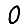
Digit: 0